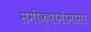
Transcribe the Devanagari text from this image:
समीक्षामीमांसा